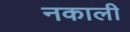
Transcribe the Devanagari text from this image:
नकाली